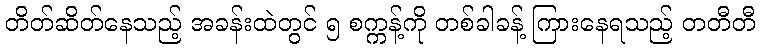
တိတ်ဆိတ်နေသည့် အခန်းထဲတွင် ၅ စက္ကန့်ကို တစ်ခါခန့် ကြားနေရသည့် တတီတီ